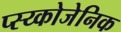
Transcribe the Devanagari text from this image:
प्स्य्कोजेनिक